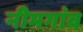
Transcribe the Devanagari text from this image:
नीमगांव